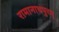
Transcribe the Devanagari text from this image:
रामानाथपुरम्